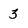
Character: 3